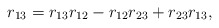
\begin{align*}r_{13} = r_{13}r_{12} - r_{12}r_{23} +r_{23}r_{13},\end{align*}